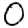
Digit: 0